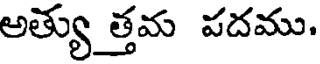
అత్యు త్తమ పదము.